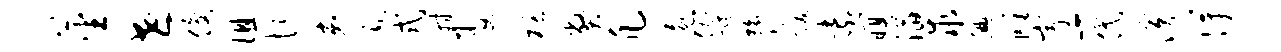
蕃世俊徂忻弟近式射娶栝弊凡忽倡踪膂跋紫暝滔求腆雕岸-代演得